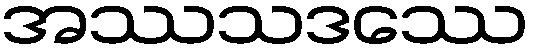
အဿသဒဿေ